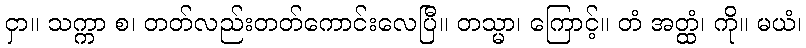
ငှာ။ သက္ကာ စ၊ တတ်လည်းတတ်ကောင်းလေပြီ။ တသ္မာ၊ ကြောင့်။ တံ အတ္ထံ၊ ကို။ မယံ၊